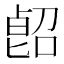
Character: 𠸿